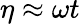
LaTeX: \eta\approx\omega t